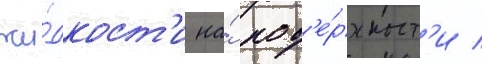
жи́дкост'и на́ пов'е́рхност'и /